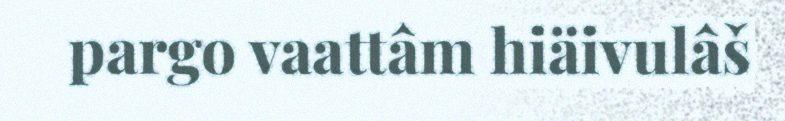
pargo vaattâm hiäivulâš